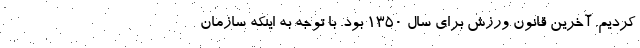
کردیم. آخرین قانون ورزش برای سال 1350 بود. با توجه به اینکه سازمان